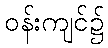
ဝန်းကျင်၌